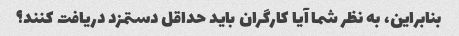
بنابراین، به نظر شما آیا کارگران باید حداقل دستمزد دریافت کنند؟